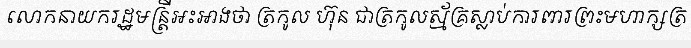
លោកនាយករដ្ឋមន្ត្រីអះអាងថា ត្រកូល ហ៊ុន ជាត្រកូលស្ម័គ្រស្លាប់ការពារព្រះមហាក្សត្រ